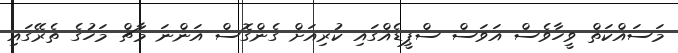
މަސައްކަތް ވީހާވެސް އަވަސް ސްޕީޑެއްގައި ކުރިއަށް ގެންގޮސް އަންނަ މާޗް މަހުގެ ތެރޭގައި